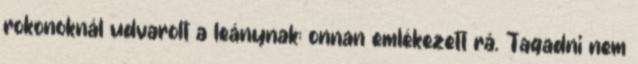
rokonoknál udvarolt a leánynak: onnan emlékezett rá. Tagadni nem